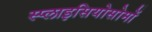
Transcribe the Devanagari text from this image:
स्प्लाइसियोसोमों